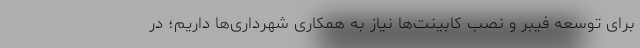
برای توسعه فیبر و نصب کابینت‌ها نیاز به همکاری شهرداری‌ها داریم؛ در